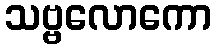
သဗ္ဗလောကော